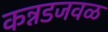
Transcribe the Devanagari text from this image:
कन्नडजवळ